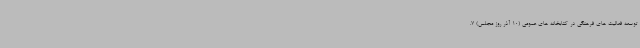
توسعه فعالیت های فرهنگی در کتابخانه های عمومی (10 آذر روز مجلس) 7.